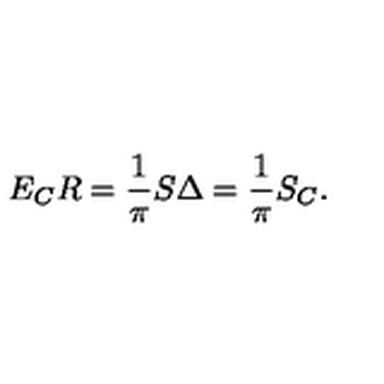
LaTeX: E _ { C } R = \frac { 1 } { \pi } S \Delta = \frac { 1 } { \pi } S _ { C } .